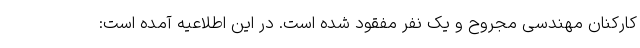
کارکنان مهندسی مجروح و یک نفر مفقود شده است. در این اطلاعیه آمده است: